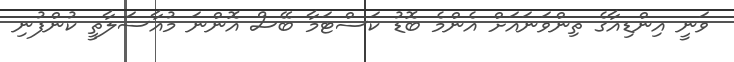
ވަނީ އިންޑިއާގެ ތިންވަނައަށް އެންމެ ބޮޑު ކަސްޓަމާ ބޭސް އޮންނަ މުއާސަލާތީ ކުންފުނި